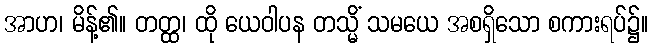
အာဟ၊ မိန့်၏။ တတ္ထ၊ ထို ယေဝါပန တသ္မိံ သမယေ အစရှိသော စကားရပ်၌။